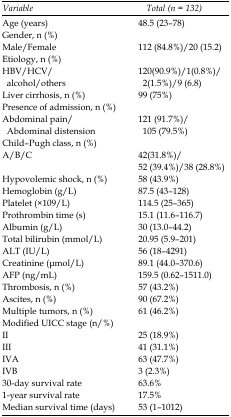
<table><thead><tr><td><b><i>Variable </i></b></td><td><b><i>Total (n = 132)</i></b></td></tr></thead><tbody><tr><td>Age (years)</td><td>48.5 (23–78)</td></tr><tr><td>Gender, n (%)</td><td></td></tr><tr><td>Male/Female</td><td>112 (84.8%)/20 (15.2)</td></tr><tr><td>Etiology, n (%)</td><td></td></tr><tr><td>HBV/HCV/alcohol/others</td><td>120(90.9%)/1(0.8%)/2(1.5%)/9 (6.8)</td></tr><tr><td>Liver cirrhosis, n (%)</td><td>99 (75%)</td></tr><tr><td>Presence of admission, n (%)</td><td></td></tr><tr><td>Abdominal pain/Abdominal distension</td><td>121 (91.7%)/105 (79.5%)</td></tr><tr><td>Child–Pugh class, n (%)</td><td></td></tr><tr><td>A/B/C</td><td>42(31.8%)/52 (39.4%)/38 (28.8%)</td></tr><tr><td>Hypovolemic shock, n (%)</td><td>58 (43.9%)</td></tr><tr><td>Hemoglobin (g/L)</td><td>87.5 (43–128)</td></tr><tr><td>Platelet (×10<sup>9</sup>/L)</td><td>114.5 (25–365)</td></tr><tr><td>Prothrombin time (s)</td><td>15.1 (11.6–116.7)</td></tr><tr><td>Albumin (g/L)</td><td>30 (13.0–44.2)</td></tr><tr><td>Total bilirubin (mmol/L)</td><td>20.95 (5.9–201)</td></tr><tr><td>ALT (IU/L)</td><td>56 (18–4291)</td></tr><tr><td>Creatinine (μmol/L)</td><td>89.1 (44.0–370.6)</td></tr><tr><td>AFP (ng/mL)</td><td>159.5 (0.62–1511.0)</td></tr><tr><td>Thrombosis, n (%)</td><td>57 (43.2%)</td></tr><tr><td>Ascites, n (%)</td><td>90 (67.2%)</td></tr><tr><td>Multiple tumors, n (%)</td><td>61 (46.2%)</td></tr><tr><td>Modified UICC stage (n/%)</td><td></td></tr><tr><td>II</td><td>25 (18.9%)</td></tr><tr><td>III</td><td>41 (31.1%)</td></tr><tr><td>IVA</td><td>63 (47.7%)</td></tr><tr><td>IVB</td><td>3 (2.3%)</td></tr><tr><td>30-day survival rate</td><td>63.6%</td></tr><tr><td>1-year survival rate</td><td>17.5%</td></tr><tr><td>Median survival time (days)</td><td>53 (1–1012)</td></tr></tbody></table>